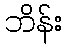
ဘိန်း